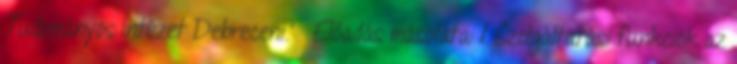
Tudományos Intézet Debreceni."— Előadás másolata: 1 Szolgáltatási funkciók az